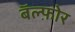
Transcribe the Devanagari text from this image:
बॅल्फ़ोर